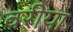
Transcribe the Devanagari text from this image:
वरीया